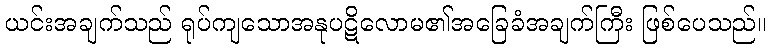
ယင်းအချက်သည် ရုပ်ကျသောအနုပဋိလောမ၏အခြေခံအချက်ကြီး ဖြစ်ပေသည်။